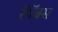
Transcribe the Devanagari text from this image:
रॅपॅक्स